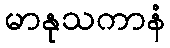
မာနုသကာနံ